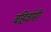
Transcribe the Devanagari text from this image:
बहिर्वासी